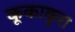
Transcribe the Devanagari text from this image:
कूकाकुरा